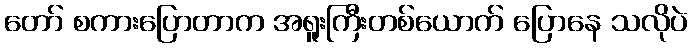
တော် စကားပြောတာက အရူးကြီးတစ်ယောက် ပြောနေ သလိုပဲ